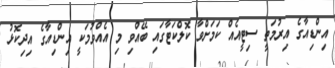
އިންޑިއާގެ އިރުމަތީ ސިޓީއެއް ކަމަށްވާ ކޮލްކަޓާގައި ބޭއްވި މި އެއްވުމަކީ އިންޑިއާގެ އިދިކޮޅު